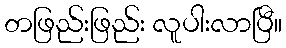
တဖြည်းဖြည်း လူပါးလာပြီ။